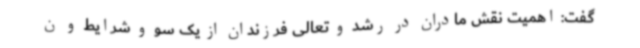
گفت: اهمیت نقش مادران در رشد و تعالی فرزندان از یک سو و شرایط و ن